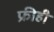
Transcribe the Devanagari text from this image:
फ्रीही